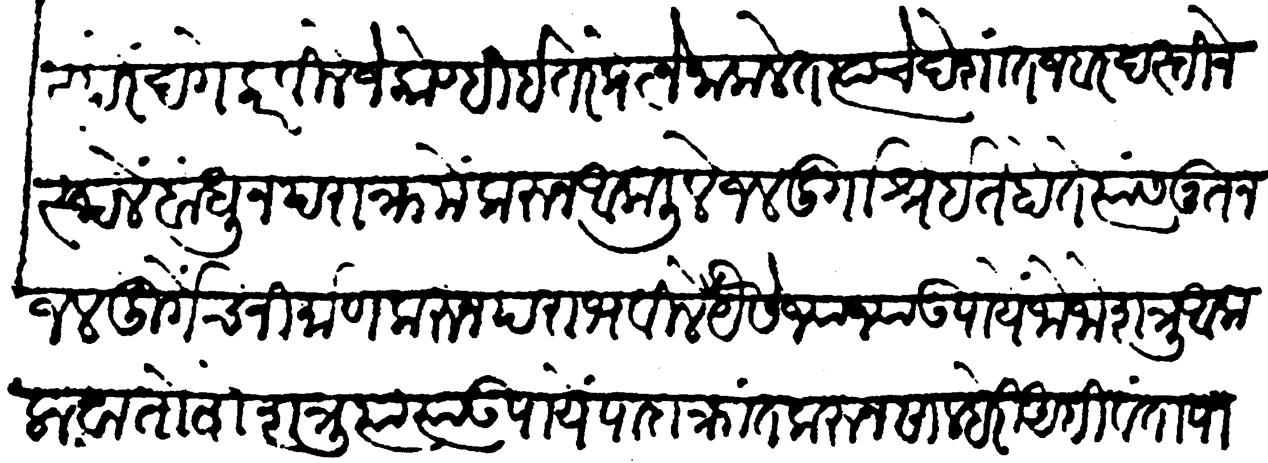
Transliteration (Devanagari): परस्परे दगे करवीले जे कोण्ही इतर प्रयत्ने ना कलेत त्यांचे देशात जबरदस्तीने स्थल बांधून पराक्रमे करून आकलीले जलदुर्गाश्रईत होते त्यास नूतन जलदुर्गेच निर्माण करून पराभवील यैसे ज्या ज्या उपाये जो जो शत्रू आकलावा तो तो शत्रू त्या उपाये पादाक्रांत करून साल्हेरी अहिवंता पासुन